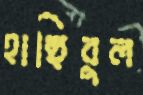
হাছিবুল